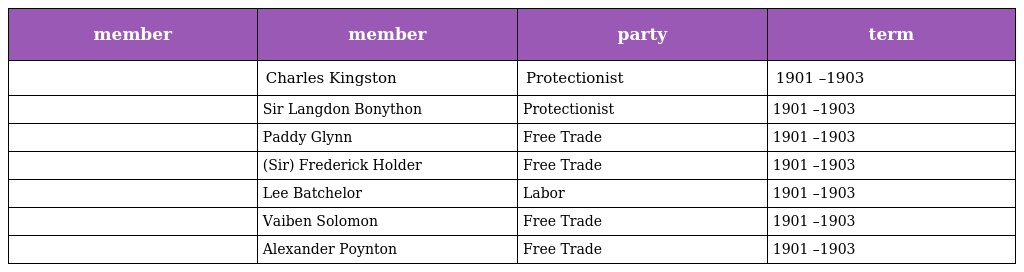
| member | member | party | term |
 | --- | --- | --- | --- |
 |  | Charles Kingston | Protectionist | 1901 –1903 |
 |  | Sir Langdon Bonython | Protectionist | 1901 –1903 |
 |  | Paddy Glynn | Free Trade | 1901 –1903 |
 |  | (Sir) Frederick Holder | Free Trade | 1901 –1903 |
 |  | Lee Batchelor | Labor | 1901 –1903 |
 |  | Vaiben Solomon | Free Trade | 1901 –1903 |
 |  | Alexander Poynton | Free Trade | 1901 –1903 |